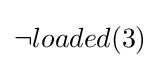
\neg loaded(3)